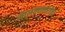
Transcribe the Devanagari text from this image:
मालवणकरांना